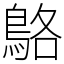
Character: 鴼